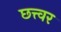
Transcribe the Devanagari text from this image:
छत्त्वर